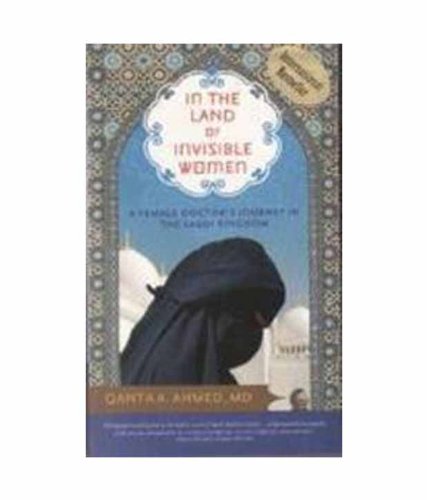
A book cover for The Land of the Invisible Women; Qanta Ahmed; Travel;